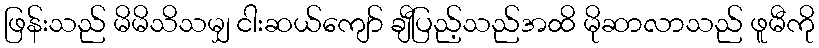
ဖြန်းသည် မိမိသိသမျှ ငါးဆယ်ကျော် ချီပြည့်သည်အထိ မိုဆာလာသည် ဖူမီကို